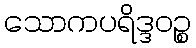
သောကပရိဒ္ဒဝဉ္စ